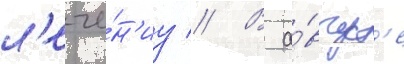
л'ече́н'иу // В а́вгуст'е